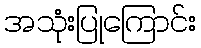
အသုံးပြုကြောင်း